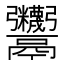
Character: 𩱷